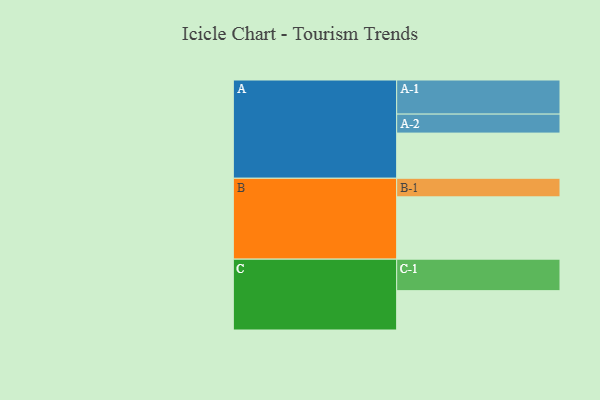
{"axis": {"x": "Segment", "y": "Value"}, "legend": ["", "A", "B", "C"], "data": [{"x": "A", "y": 364, "type": ""}, {"x": "B", "y": 502, "type": ""}, {"x": "C", "y": 317, "type": ""}, {"x": "A-1", "y": 275, "type": "A"}, {"x": "A-2", "y": 153, "type": "A"}, {"x": "B-1", "y": 150, "type": "B"}, {"x": "C-1", "y": 254, "type": "C"}]}